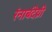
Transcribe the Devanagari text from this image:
रंनाबंदेय्री